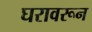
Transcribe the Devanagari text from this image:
घरावरून